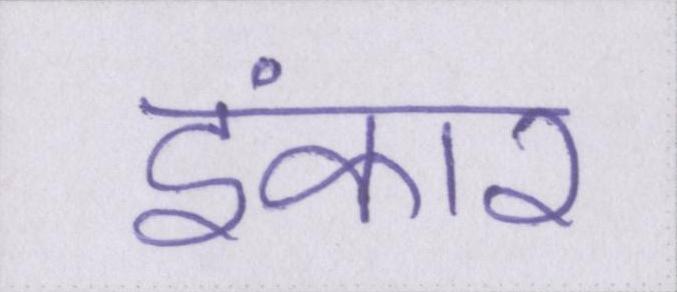
इंकार